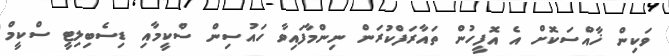
ވަކިން ޚާއްސަކޮށް އެ އޮފީހުން ތައާރަފްކުރަން ނިންމާފައިވާ ހައުސިން ސްކީމާއި ޑިސެބިލިޓީ ސްކީމް